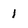
Character: 1